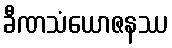
ခီဏသံယောဇနဿ